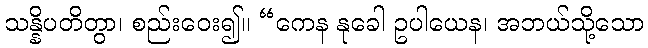
သန္နိပတိတွာ၊ စည်းဝေး၍။ “ကေန နုခေါ ဥပါယေန၊ အဘယ်သို့သော